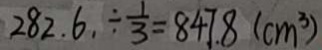
2 8 2 . 6 \div \frac { 1 } { 3 } = 8 4 7 . 8 ( c m ^ { 3 } )